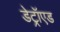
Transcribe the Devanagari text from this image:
डेट्रॉएड